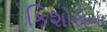
કિશોરોના